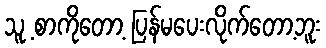
သူ့ စာကိုတော့ ပြန်မပေးလိုက်တော့ဘူး